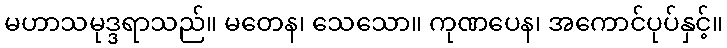
မဟာသမုဒ္ဒရာသည်။ မတေန၊ သေသော။ ကုဏပေန၊ အကောင်ပုပ်နှင့်။